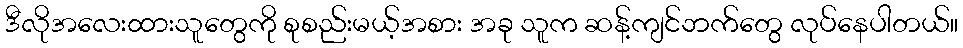
ဒီလိုအလေးထားသူတွေကို စုစည်းမယ့်အစား အခု သူက ဆန့်ကျင်ဘက်တွေ လုပ်နေပါတယ်။